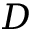
D